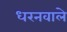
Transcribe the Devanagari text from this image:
धरनवाले